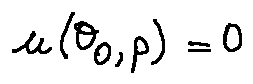
u ( \theta _ { 0 } , p ) = 0